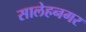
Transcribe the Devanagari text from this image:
सालेहनगर